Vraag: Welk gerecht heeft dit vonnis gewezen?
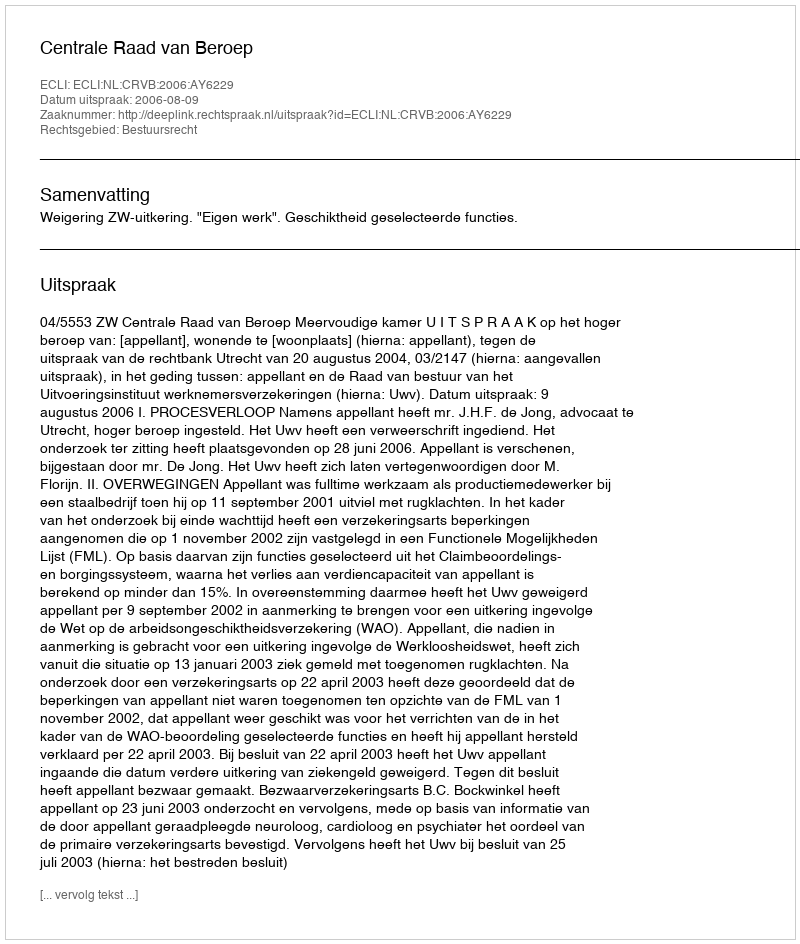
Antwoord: Centrale Raad van Beroep